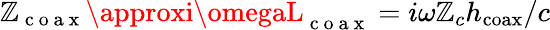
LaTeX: \mathbb{Z}_{\mathrm{{~c~o~a~x~}}}\approxi\omegaL_{\mathrm{{~c~o~a~x~}}}=i\omega\mathbb{Z}_{c}h_{\mathrm{{coax}}}/c